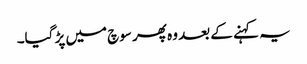
یہ کہنے کے بعد وہ پھر سوچ میں پڑ گیا۔